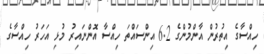
ހިއްސާގެ އިތުރުން އާންމުންގެ 6.2 އިންސައްތަ ހިއްސާ އޮންނައިރު މުޅި އަހަރު ހިއްސާގެ